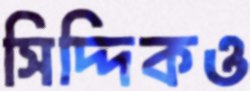
সিদ্দিকও